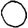
Digit: 0